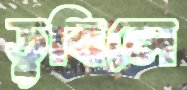
ডুবিলে